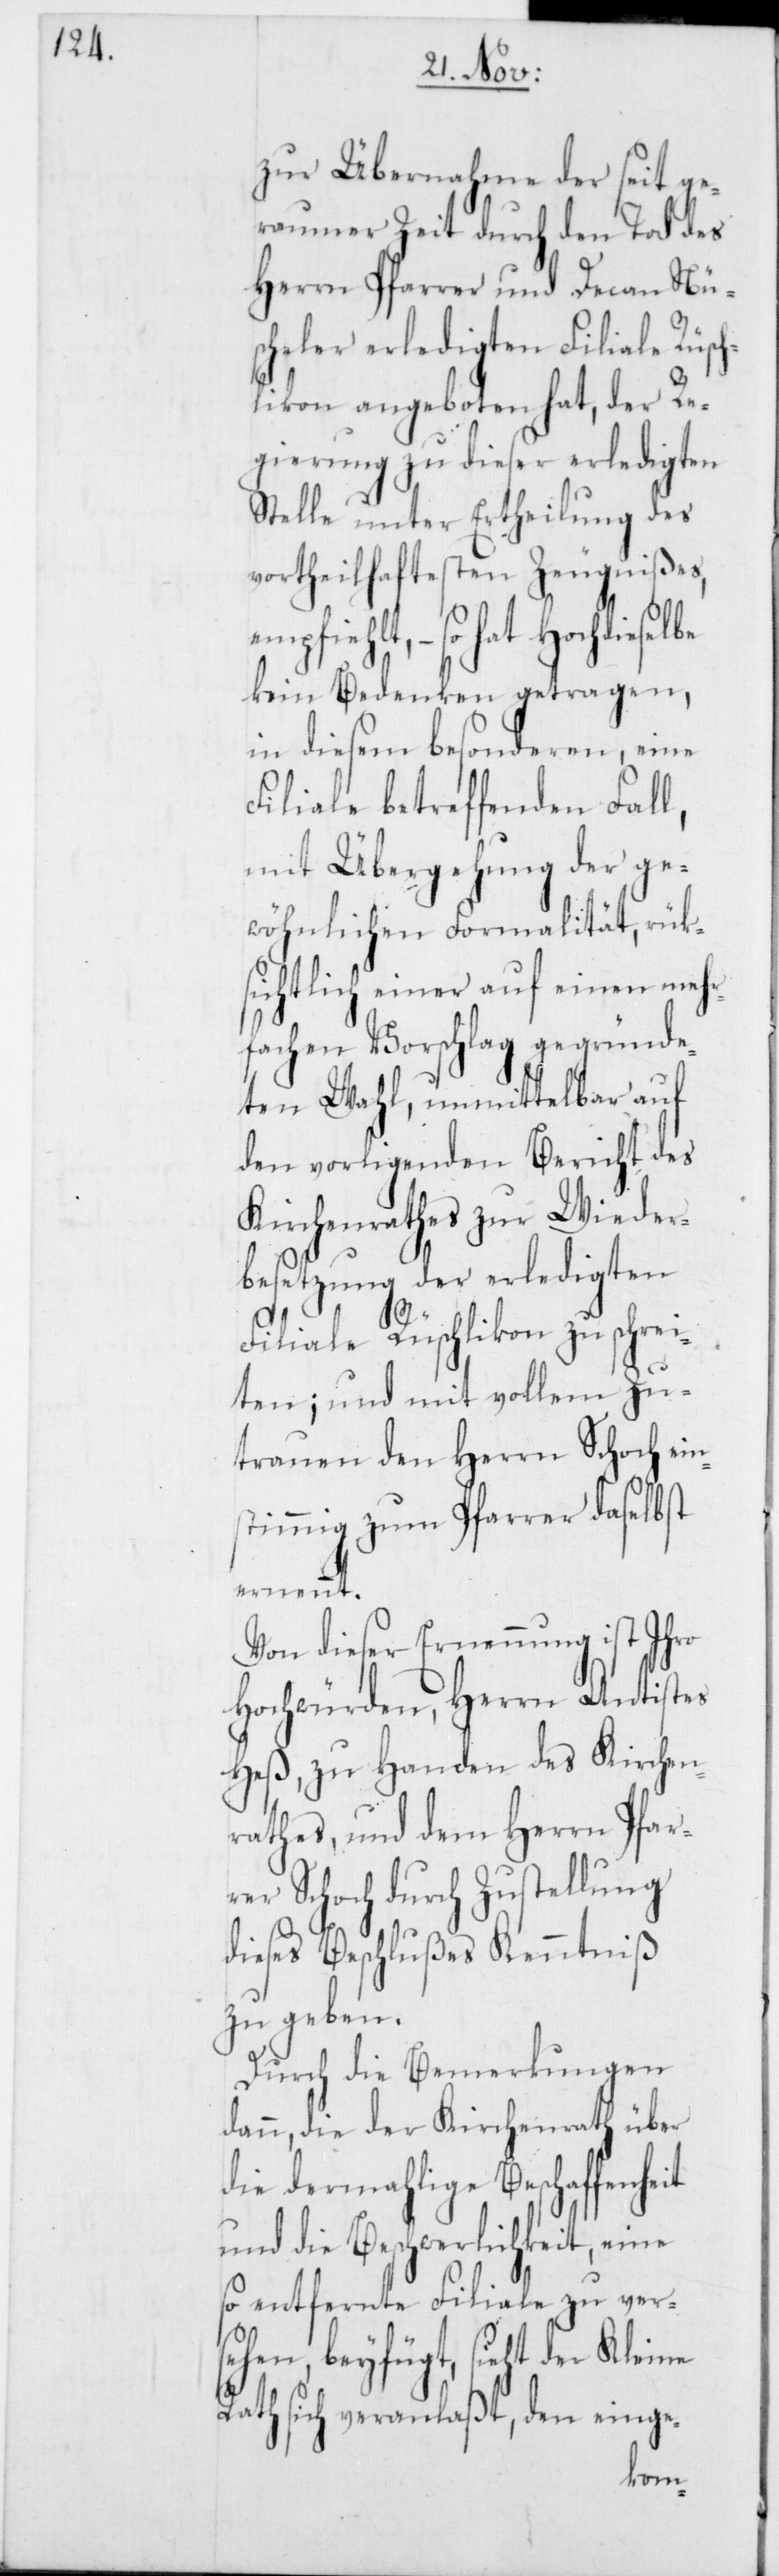
zur Übernahme der seit ge¬
raumer Zeit durch den Tod des
Herrn Pfarrer und Decan Nü¬
scheler erledigten Filiale Rüsch¬
likon angeboten hat, der Re¬
gierung zu dieser erledigten
Stelle unter Ertheilung des
vortheilhaftesten Zeugnißes,
empfiehlt, – so hat
kein Bedenken getragen,
in diesem besonderen, eine
Filiale betreffenden Fall,
mit Übergehung der ge¬
wöhnlichen Formalität, rük¬
sichtlich einer auf einen mehr¬
fachen Vorschlag gegründe¬
ten Wahl, unmittelbar auf
den vorligenden Bericht des
Kirchenrathes zur Wieder¬
besetzung der erledigten
Filiale Rüschlikon zu schrei¬
ten; und mit vollem Zu¬
trauen den Herrn Schoch ein¬
stimmig zum Pfarrer daselbst
ennt.
Von dieser Ernennung ist Ihro
Hochwürden, Herrn Antistes
Heß, zu Handen des Kirchen¬
rathes und dem Herrn Pfar¬
rer Schoch durch Zustellung
dieses Beschlußes Kenntniß
zu geben.
Durch die Bemerkungen
dann, die der Kirchenrath über
die dermahlige Beschaffenheit
und die Beschwerlichkeit, eine
so entfernte Filiale zu vers¬
ehen, beyfügt, sieht der Kleine
Rath sich veranlaßt, den einge-